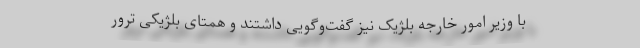
با وزیر امور خارجه بلژیک نیز گفت‌وگویی داشتند و همتای بلژیکی ترور